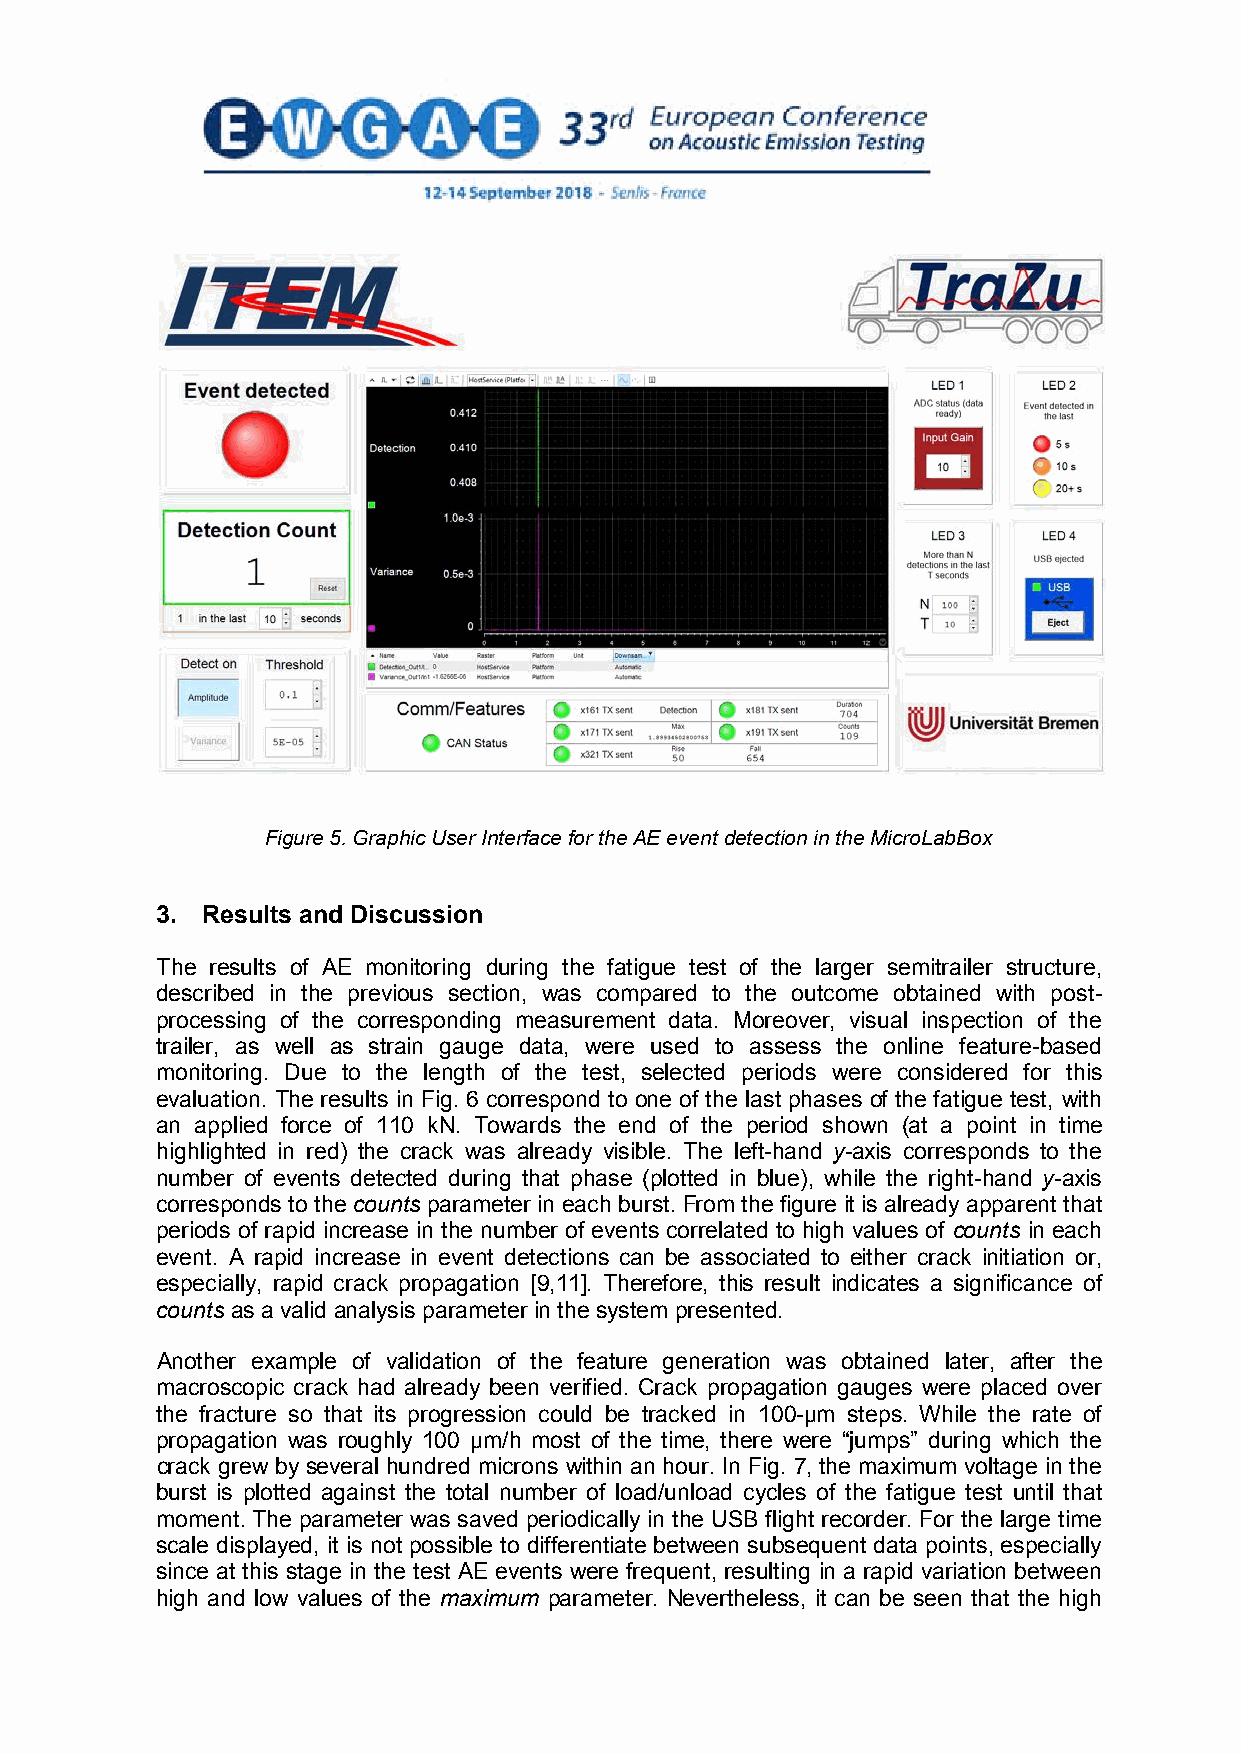
Figure 5. Graphic User Interface for the AE eventdetection in the MicroLabBox
 3. Results and Discussion
 The results of AE monitoring during the fatigue test of the larger semitrailer structure,
 described in the previous section, was compared to the outcome obtained with post-
 processing of the corresponding measurement data. Moreover, visual inspection of the
 trailer, as well as strain gauge data, were used to assess the online feature-based
 monitoring. Due to the length of the test, selected periods were considered for this
 evaluation. The results in Fig. 6 correspond to one of the last phases of the fatigue test, with
 an applied force of 110 kN. Towards the end of the period shown (at a point in time
 highlighted in red) the crack was already visible. The left-hand y-axis corresponds to the
 number of events detected during that phase (plotted in blue), while the right-hand y-axis
 corresponds to the counts parameter in each burst. From the figure it is already apparent that
 periods of rapid increase in the number of events correlated to high values of counts in each
 event. A rapid increase in event detections can be associated to either crack initiation or,
 especially, rapid crack propagation [9,11]. Therefore, this result indicates a significance of
 counts as a valid analysis parameter in the system presented.
 Another example of validation of the feature generation was obtained later, after the
 macroscopic crack had already been verified. Crack propagation gauges were placed over
 the fracture so that its progression could be tracked in 100-µm steps. While the rate of
 propagation was roughly 100 µm/h most of the time, there were “jumps” during which the
 crack grew by several hundred microns within an hour. In Fig. 7, the maximum voltage in the
 burst is plotted against the total number of load/unload cycles of the fatigue test until that
 moment. The parameter was saved periodically in the USB flight recorder. For the large time
 scale displayed, it is not possible to differentiate between subsequent data points, especially
 since at this stage in the test AE events were frequent, resulting in a rapid variation between
 high and low values of the maximum parameter. Nevertheless, it can be seen that the high
 6